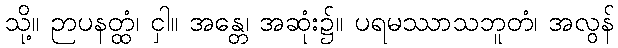
သို့။ ဉာပနတ္ထံ၊ ငှါ။ အန္တေ၊ အဆုံး၌။ ပရမဿာသဘူတံ၊ အလွန်